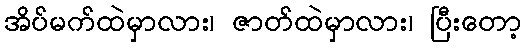
အိပ်မက်ထဲမှာလား၊ ဇာတ်ထဲမှာလား၊ ပြီးတော့